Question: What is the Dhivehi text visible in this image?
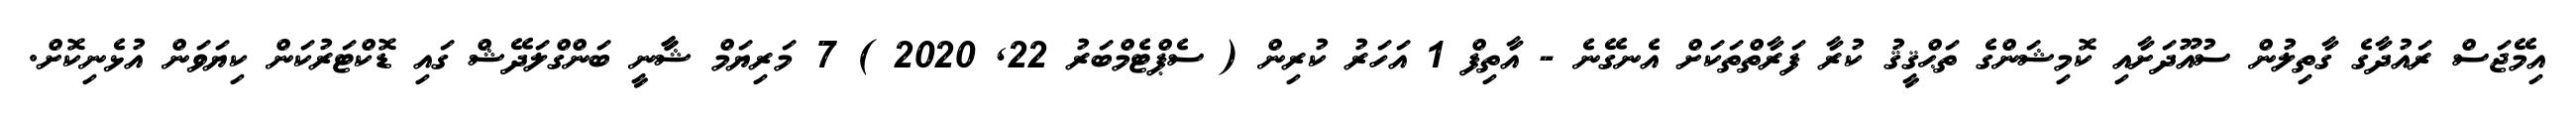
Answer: އިމޭޖަސް ރައުދާގެ ގާތިލުން ސުއޫދަށާއި ކޮމިޝަންގެ ތަޙްޤީޤު ކުރާ ފަރާތްތަކަށް އެނގޭނެ - އާތިފް 1 އަހަރު ކުރިން ( ސެޕްޓެމްބަރު 22, 2020 ) 7 މަރިޔަމް ޝާާނީ ބަންގްލަދޭޝް ގައި ޑޮކްޓަރުކަން ކިޔަވަން އުޅެނިކޮށް.